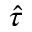
\hat { \tau }